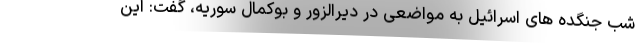
شب جنگده های اسرائیل به مواضعی در دیرالزور و بوکمال سوریه، گفت: این